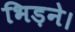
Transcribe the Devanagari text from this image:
भिड़ने।